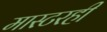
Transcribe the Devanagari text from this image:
मास्टरही